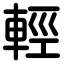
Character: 輕